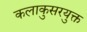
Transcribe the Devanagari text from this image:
कलाकुसरयुक्त